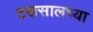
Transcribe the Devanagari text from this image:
टकसालच्या